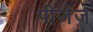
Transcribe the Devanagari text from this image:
पीजेज